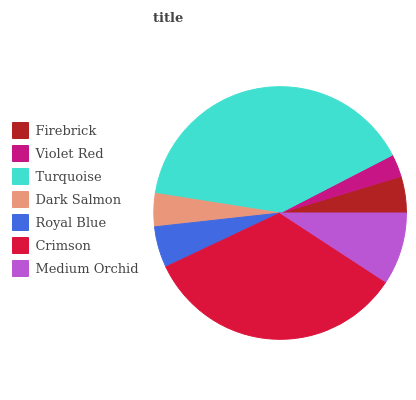
| Firebrick | Violet Red | Turquoise | Dark Salmon | Royal Blue | Crimson | Medium Orchid |
 | --- | --- | --- | --- | --- | --- | --- |
 | 4.68% | 2.9% | 40% | 4.23% | 5.27% | 33.7% | 9.22% |